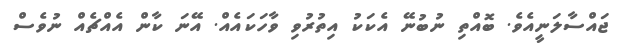
ޖައްސާލަނީއެވެ. ބޮއްތި ނުބުނޭ އެކަކު އިތުރުވި ވާހަކައެއް. އޭނަ ކާން އެއްޗެއް ނުވެސް